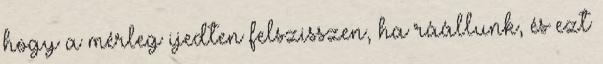
hogy a mérleg ijedten felszisszen, ha ráállunk, és ezt